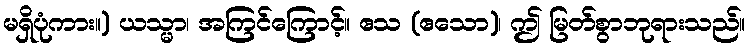
မရှိပုံကား။) ယသ္မာ၊ အကြင်ကြောင့်။ ဧသ (ဧသော)၊ ဤ မြတ်စွာဘုရားသည်။